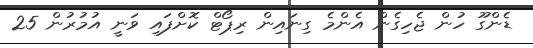
ޑެންގޫ ހުން ޖެހިގެން އެންމެ ގިނައިން ރިޕޯޓް ކޮށްފައި ވަނީ އުމުރުން 25